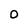
Character: 0